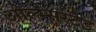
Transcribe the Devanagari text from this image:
ओल्म्सस्टेड